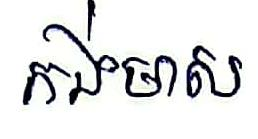
កង់មាស